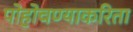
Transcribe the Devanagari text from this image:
पोहोचण्याकरिता